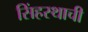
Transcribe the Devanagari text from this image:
सिंहस्थाची